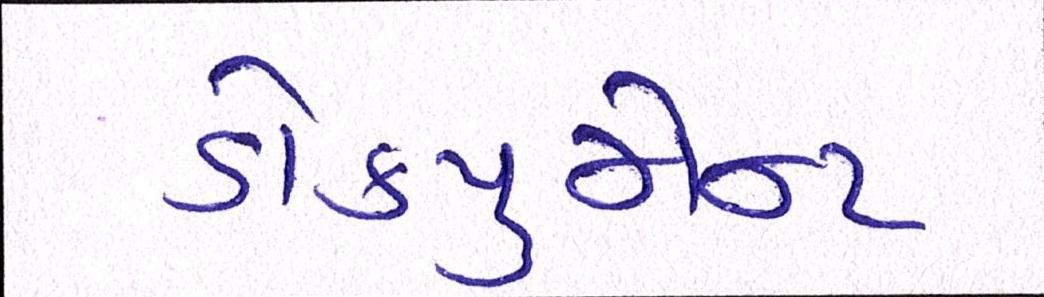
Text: ડોકયુમેન્ટ